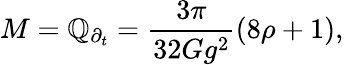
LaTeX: M=\mathbb{Q}_{\partial_{t}}=\frac{{3\pi}}{{32Gg^{2}}}(8\rho+1),